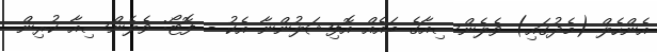
އެންހެލް (މެދުގައި) ވެލެންސިއާގެ ބައެއް އޮފިޝަލުންނާ އެކު - ފޮޓޯ: ވެލެންސިއާ ކުރިން